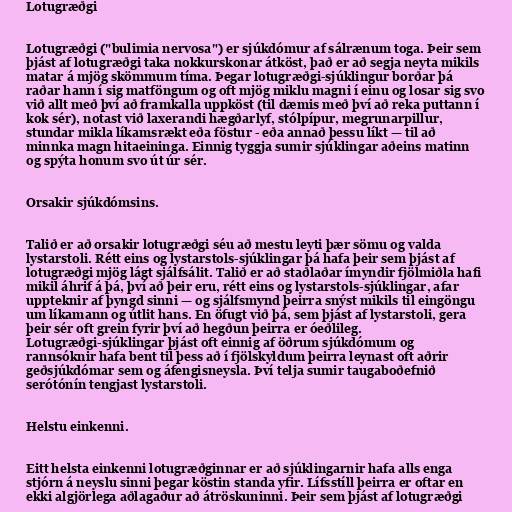
Lotugræðgi

Lotugræðgi ("bulimia nervosa") er sjúkdómur af sálrænum toga. Þeir sem
þjást af lotugræðgi taka nokkurskonar átköst, það er að segja neyta mikils
matar á mjög skömmum tíma. Þegar lotugræðgi-sjúklingur borðar þá
raðar hann í sig matföngum og oft mjög miklu magni í einu og losar sig svo
við allt með því að framkalla uppköst (til dæmis með því að reka puttann í
kok sér), notast við laxerandi hægðarlyf, stólpípur, megrunarpillur,
stundar mikla líkamsrækt eða föstur - eða annað þessu líkt — til að
minnka magn hitaeininga. Einnig tyggja sumir sjúklingar aðeins matinn
og spýta honum svo út úr sér.

Orsakir sjúkdómsins.

Talið er að orsakir lotugræðgi séu að mestu leyti þær sömu og valda
lystarstoli. Rétt eins og lystarstols-sjúklingar þá hafa þeir sem þjást af
lotugræðgi mjög lágt sjálfsálit. Talið er að staðlaðar ímyndir fjölmiðla hafi
mikil áhrif á þá, því að þeir eru, rétt eins og lystarstols-sjúklingar, afar
uppteknir af þyngd sinni — og sjálfsmynd þeirra snýst mikils til eingöngu
um líkamann og útlit hans. En öfugt við þá, sem þjást af lystarstoli, gera
þeir sér oft grein fyrir því að hegðun þeirra er óeðlileg.
Lotugræðgi-sjúklingar þjást oft einnig af öðrum sjúkdómum og
rannsóknir hafa bent til þess að í fjölskyldum þeirra leynast oft aðrir
geðsjúkdómar sem og áfengisneysla. Því telja sumir taugaboðefnið
serótónín tengjast lystarstoli.

Helstu einkenni.

Eitt helsta einkenni lotugræðginnar er að sjúklingarnir hafa alls enga
stjórn á neyslu sinni þegar köstin standa yfir. Lífsstíll þeirra er oftar en
ekki algjörlega aðlagaður að átröskuninni. Þeir sem þjást af lotugræðgi